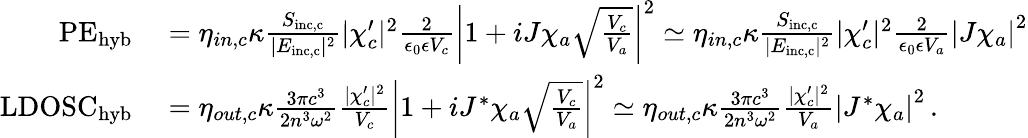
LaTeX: \begin{array}{rl}{\mathrm{PE}_{\mathrm{hyb}}}&{{}=\eta_{in,c}\kappa\frac{S_{\mathrm{inc,c}}}{|E_{\mathrm{inc,c}}|^{2}}|\chi_{c}^{\prime}|^{2}\frac{2}{\epsilon_{0}\epsilon V_{c}}\left|1+iJ\chi_{a}\sqrt{\frac{V_{c}}{V_{a}}}\right|^{2}\simeq\eta_{in,c}\kappa\frac{S_{\mathrm{inc,c}}}{|E_{\mathrm{inc,c}}|^{2}}|\chi_{c}^{\prime}|^{2}\frac{2}{\epsilon_{0}\epsilon V_{a}}\left|J\chi_{a}\right|^{2}}\\ {\mathrm{LDOSC}_{\mathrm{hyb}}}&{{}=\eta_{out,c}\kappa\frac{3\pi c^{3}}{2n^{3}\omega^{2}}\frac{|\chi_{c}^{\prime}|^{2}}{V_{c}}\left|1+iJ^{*}\chi_{a}\sqrt{\frac{V_{c}}{V_{a}}}\right|^{2}\simeq\eta_{out,c}\kappa\frac{3\pi c^{3}}{2n^{3}\omega^{2}}\frac{|\chi_{c}^{\prime}|^{2}}{V_{a}}\left|J^{*}\chi_{a}\right|^{2}\, .}\end{array}